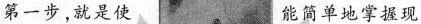
第一步，就是使 能简单地掌握现